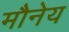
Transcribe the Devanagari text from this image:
मौनेय